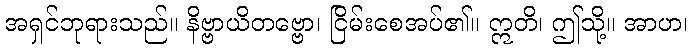
အရှင်ဘုရားသည်။ နိဗ္ဗာယိတဗ္ဗော၊ ငြိမ်းစေအပ်၏။ ဣတိ၊ ဤသို့။ အာဟ၊